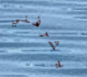
يشرفني